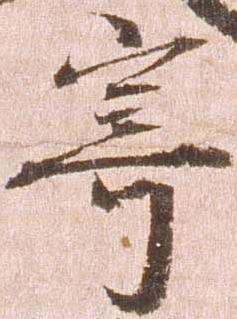
寄